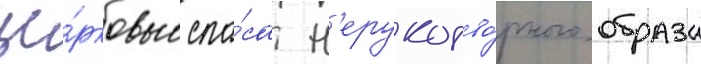
це́рковью спа́са н'ерукотво́рного образа